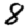
Digit: 8